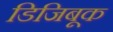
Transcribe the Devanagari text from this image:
डिजिबूक